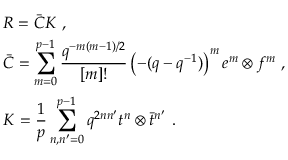
\begin{array} { r c l } { { } } & { { } } & { { { \cal R } = \bar { \cal C } { \cal K } ~ , } } \\ { { } } & { { } } & { { \bar { \cal C } = \displaystyle \sum _ { m = 0 } ^ { p - 1 } \frac { q ^ { - m ( m - 1 ) / 2 } } { [ m ] ! } \left( - ( q - q ^ { - 1 } ) \right) ^ { m } e ^ { m } \otimes f ^ { m } ~ , } } \\ { { } } & { { } } & { { { \cal K } = \displaystyle \frac { 1 } { p } \sum _ { n , n ^ { \prime } = 0 } ^ { p - 1 } q ^ { 2 n n ^ { \prime } } t ^ { n } \otimes \bar { t } ^ { n ^ { \prime } } ~ . } } \end{array}